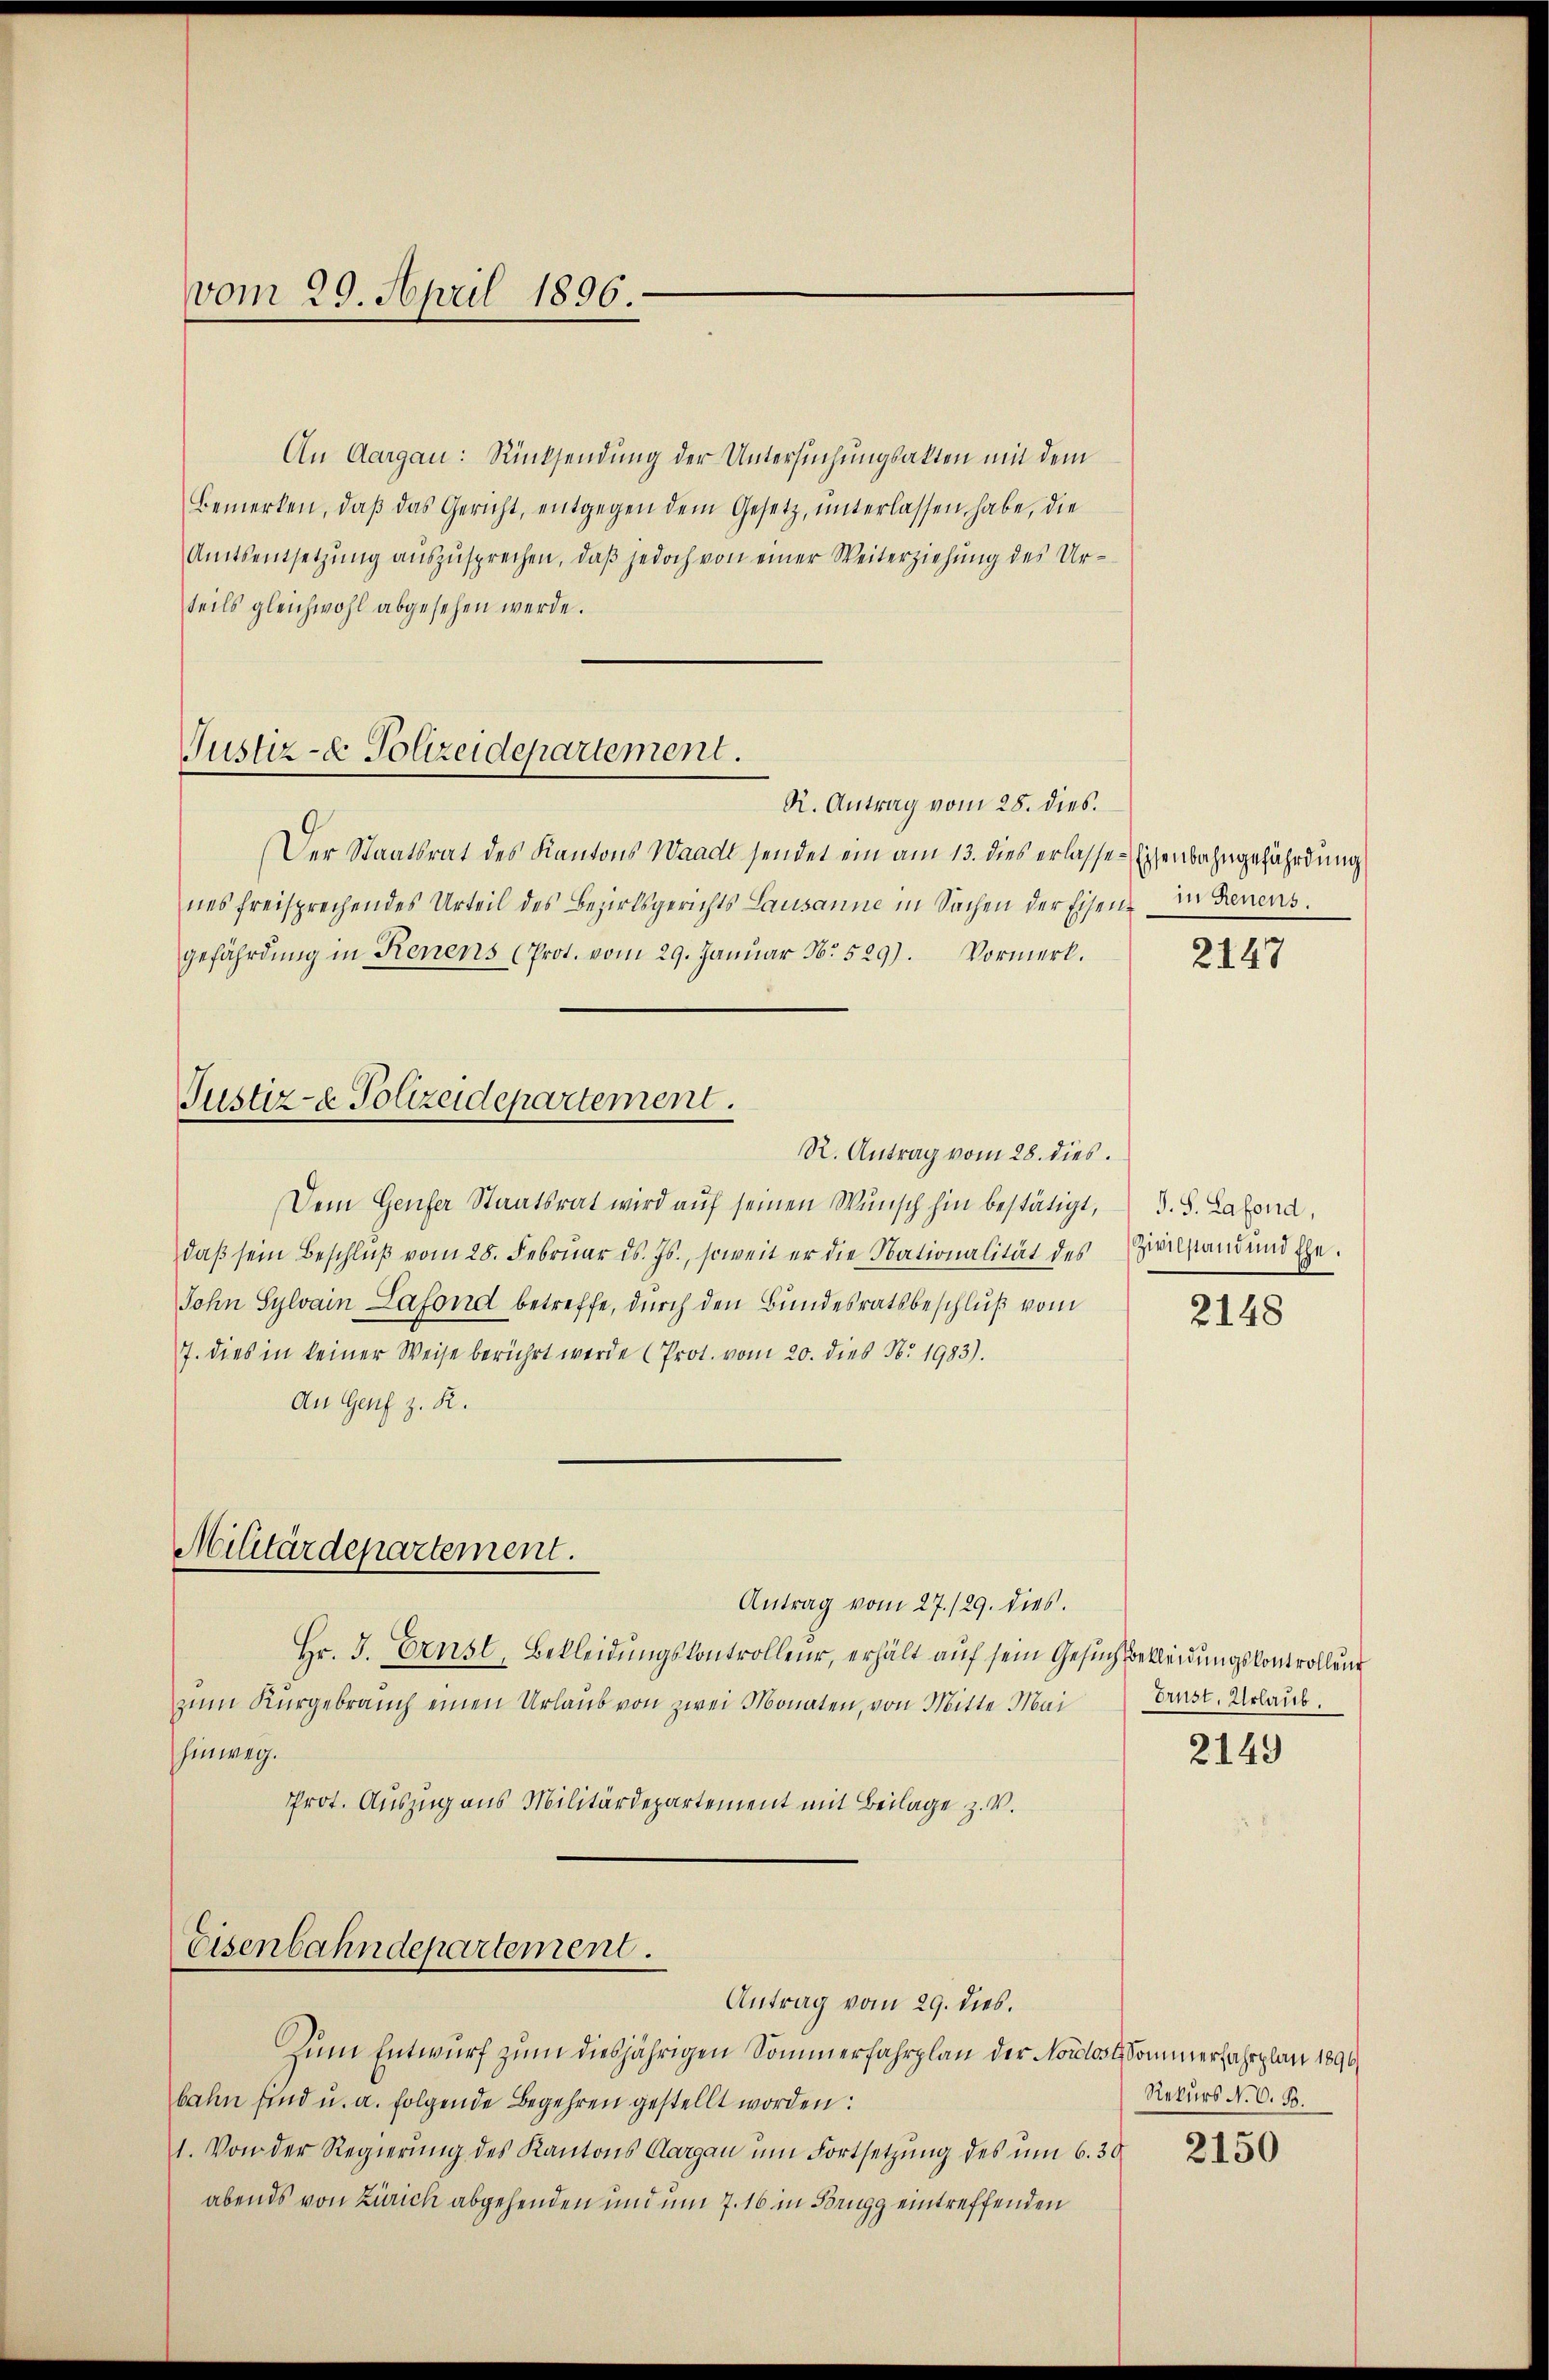
vom 29. April 1896.

Justiz- & Polizeidepartement.

Justiz- & Polizeidepartement.

An Aargau: Rücksendung der Untersuchungsakten mit dem
bemerken, daβ das Gericht, entgegen dem Gesetz, ŭnterlassen habe, die
Amtsentsetzŭng aŭszŭsprechen, daβ jedoch von einer Weiterziehung des Urteils gleichwohl abgesehen werde.
R. Antrag vom 28. dies.
Der Staatsrat des Kantons Waadt sendet ein am 13. dies erlassen Eisenbahngefährdung
nes freisprechendes Urteil des Bezirksgerichts Lausanne in Sachen der Eisen in denens.
gefährdung in Kenens (Prot. vom 29. Janŭar No. 529). Vormerk.
R. Antrag vom 28. dies.
Dem Genfer Staatsrat wird aŭf seinen Wunsch hin bestätigt,
daβ sein Beschlŭβ vom 28. Februar d. Js., soweit er die Nationalität des Zivilstand und Ehe.
John Sylvain Lafond betreffe, durch den Bundesratsbeschluß vom
7. dies in keiner Weise berührt werde (Prot. vom 20. dies No. 1983).
An Genf z. R.
Militärdepartement.
Antrag vom 27./29. dies.
Hr. J. Ernst, Bekleidungskontrolleur, erhält auf sein Gesuch Bekleidungskontrollung
zum Kurgebrauch einen Urlaub von zwei Monaten, von Mitte Mai
hinweg.
Prot. Auszug aus Militärdepartement mit Beilage z. V.

Eisenbahndepartement.
Antrag vom 29. dies.

zum Entwurf zum diesjährigen Sommerfahrplan der Norclos Sommerfahrplan 1890
bahn sind u. a. folgende Begehren gestellt worden:
1. Von der Regierung des Kantons Aargau um Fortsetzung des um 6. 30
abends von Zürich abgehenden und um 7. 16 in Brugg eintreffenden

2147

T. S. Lafond,

2148

Drust. Urlaub.

2149

Rekurs N. O. B.

2150